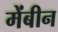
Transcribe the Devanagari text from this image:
मेंबीन